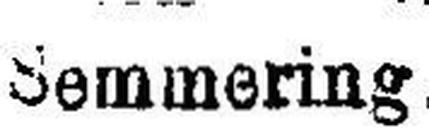
Semmering